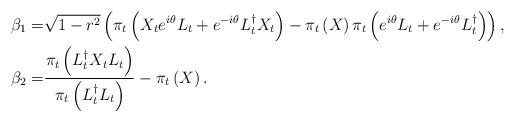
LaTeX: \begin{align*}\beta_1 = & \sqrt{1 - r^2} \left(\pi_t\left(X_t e^{i\theta} L_t + e^{-i\theta} L^{\dagger}_t X_t\right) - \pi_t\left(X\right)\pi_t\left(e^{i\theta}L_t + e^{-i\theta} L^{\dagger}_t\right)\right),\\\beta_2 = & \dfrac{\pi_t\left( L^{\dagger}_t X_t L_t \right)}{\pi_t\left(L^{\dagger}_t L_t\right)}- \pi_t\left(X\right).\end{align*}